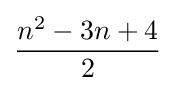
{n^{2}-3n+4 \over 2}